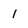
Character: 1